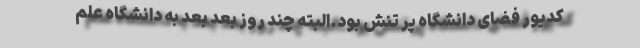
کدیور فضای دانشگاه پر تنش بود.البته چند روز بعد بعد به دانشگاه علم